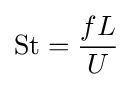
\mathrm {St} ={fL \over U}